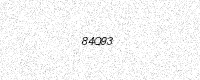
Text: 84Q93